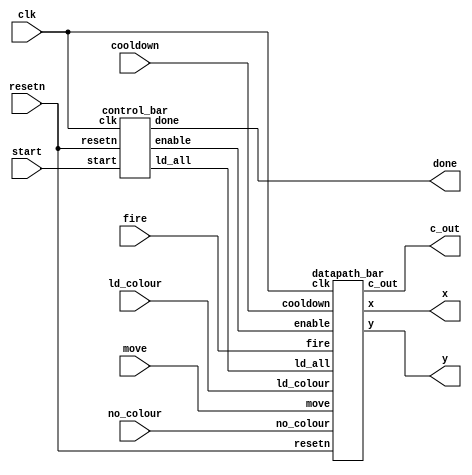
module bar(
		input clk,
		input resetn,
		input start,
		input fire,
		input move,
		input [7:0] cooldown,
		input no_colour,
		input ld_colour,
		
		output [7:0] x,
		output [6:0] y,
		output [2:0] c_out,
		output done);

		wire ld_all, enable;

		datapath_bar d0(
				.clk(clk),
				.resetn(resetn),
				.ld_all(ld_all),
				.enable(enable),
				.fire(fire),
				.move(move),
				.cooldown(cooldown),
				.no_colour(no_colour),
				.ld_colour(ld_colour),

				.x(x),
				.y(y),
				.c_out(c_out));

		control_bar c0(
				.clk(clk),
				.resetn(resetn),
				.start(start),

				.ld_all(ld_all),
				.enable(enable),
				.done(done));


endmodule


module datapath_bar(
    input clk,
    input resetn,
    input ld_all,
	 input enable,
	 input fire,
	 input move,
	 input [7:0] cooldown,
	 input no_colour,
	 input ld_colour,

    output reg [7:0] x,
	 output reg [6:0] y,
	 output reg [2:0] c_out);

	 reg [7:0] x_hold;
	 reg [6:0] y_hold;
	 reg [2:0] c_hold;


	 reg [9:0] counter;
	 reg double;
	 reg [3:0] increment;

	 // Registers x_hold, y_hold, c_hold with respective input logic
    always @ (posedge clk) begin
        if (!resetn)
		  begin
            x_hold <= 8'd0; // Top left x coordinates of bar
				y_hold <= 7'd0; // Top left y coordinates of bar
				c_hold <= 3'd0;
        end
		  else if (fire)
		  begin
            x_hold <= 8'd127; // Top left x coordinates of bar
				y_hold <= 7'd75; // Top left y coordinates of bar
				c_hold <= 3'd7;
        end
		  else if (ld_all)
		  begin
				x_hold <= 8'd75; // Top left x coordinates of bar
				y_hold <= 7'd120; // Top left y coordinates of bar
				c_hold <= 3'd7;
		  end
			else if (move)
			begin
				if (y_hold < 7'd124)
				begin
					y_hold = y_hold + 1'd1;
				end
			end
			if (ld_colour)
			begin
				if (no_colour)
						c_hold <= 3'd0;
				else
						c_hold <= 3'd7;
			end
	 end

	 always @ (posedge clk) begin
		if (!resetn | fire)
		begin
					 x <= 8'd0;
					 y <= 7'd0;
					 c_out <= 3'd0;
		end
		 else if (enable)
		 begin
			 x <= x_hold + increment[3:1];
			 y <= y_hold + increment[0:0];
			 c_out <= c_hold;
		 end
	 end

	 always@(posedge clk)
    begin: increment_counter
        if(!resetn | !enable | fire)
		  begin
            increment <= 4'd0;
		  end
        else if (enable)
		  begin
            increment <= increment + 1'd1;
		  end
    end // increment


endmodule


module control_bar(
    input clk,
    input resetn,
	 input start,

    output reg ld_all,
	 output reg enable,
	 output reg done);

    reg [4:0] current_state, next_state;
	 reg [9:0] counter;

	 wire wait_plot = (counter > 10'd16);

    localparam  S_DRAW       = 5'd0,
					 S_DONE       = 5'd1,
					 S_INITIAL    = 5'd2,

					 S_START        = 5'd3,
					 S_START_WAIT   = 5'd4;


	   // Next state logic aka our state table for plotting
    always@(*)
    begin: state_table
            case (current_state)
                S_INITIAL: next_state = start ? S_DRAW : S_INITIAL; // Loads initial x position
                S_START: next_state = start ? S_DRAW : S_START;
					 S_DRAW: next_state = wait_plot ? S_DONE : S_DRAW;
					 S_DONE: next_state = S_START;
            default:     next_state = S_INITIAL;
        endcase
    end // state_table



    // Output logic aka all of our datapath control signals
    always @(*)
    begin: enable_signals
        // By default make all our signals 0
        ld_all = 1'b0;
		  enable = 1'b0;
		  done = 1'b0;
		  case (current_state)
				  S_INITIAL:
				  begin
						ld_all = 1'b1;
				  end
				  S_DRAW:
				  begin
						enable = 1'b1;
				  end
				  S_DONE:
				  begin
						done = 1'b1;
				  end
				default: enable = 1'b0;
		  endcase
    end

	 always@(posedge clk)
    begin: sixteen_counter
        if(!resetn | !enable)
		  begin
            counter <= 10'd0;
		  end
        else
		  begin
            counter <= counter + 1'd1;
		  end
    end // counter

    // current_state registers
    always@(posedge clk)
    begin: state_FFs
        if(!resetn)
		  begin
            current_state <= S_INITIAL;
		  end
        else
		  begin
				current_state <= next_state;
		  end
    end // state_FFS
endmodule